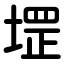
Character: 堽